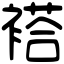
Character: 褡